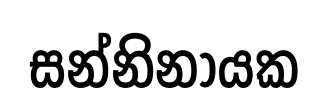
සන්නිනායක